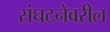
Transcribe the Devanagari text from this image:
संघटनेवरील